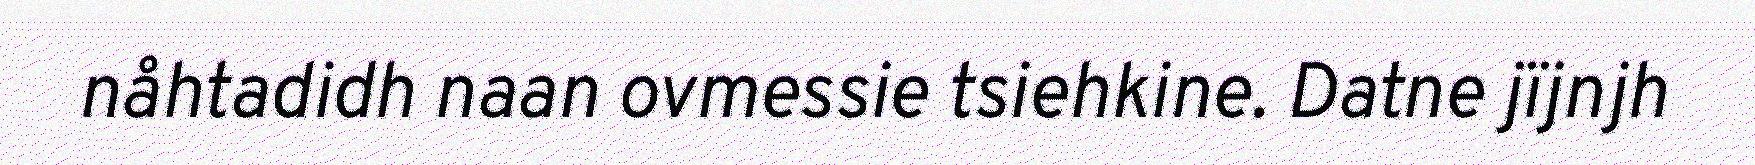
nåhtadidh naan ovmessie tsiehkine. Datne jïjnjh